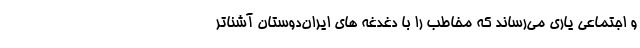
و اجتماعی یاری می‌رساند که مخاطب را با دغدغه های ایران‌دوستان آشناتر